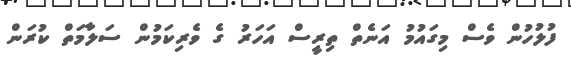
ފުލުހުން ވެސް މިގައުމު އަނެތް ތިރީސް އަހަރު ގެ ވެރިކަމުން ސަލާމަތް ކުރަން